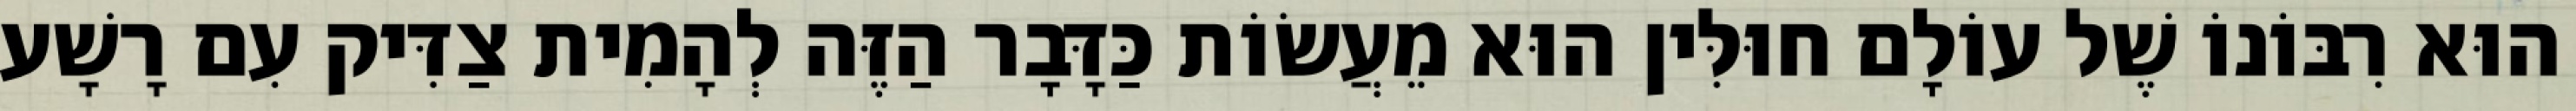
הוּא רִבּוֹנוֹ שֶׁל עוֹלָם חוּלִּין הוּא מֵעֲשׂוֹת כַּדָּבָר הַזֶּה לְהָמִית צַדִּיק עִם רָשָׁע